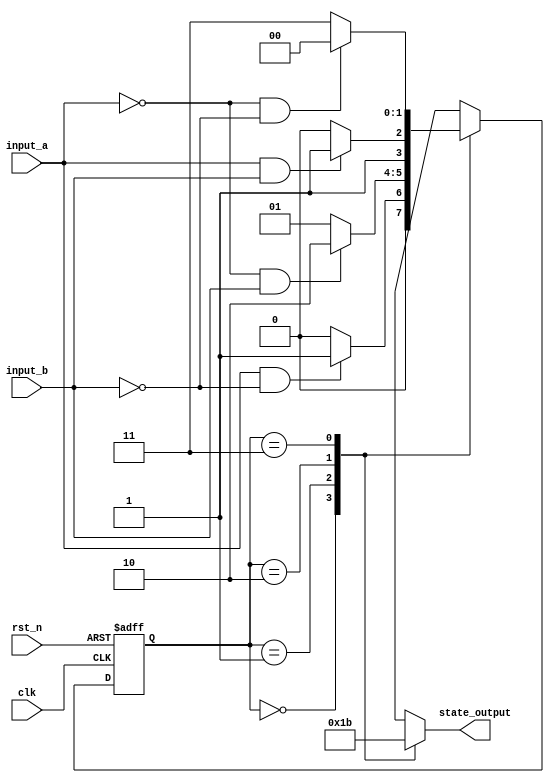
module mealy_state_machine #(
    parameter N = 2,  // Number of bits for state representation
    parameter NUM_STATES = 4 // 2^N states
) (
    input wire clk,
    input wire rst_n,      // Active low reset
    input wire input_a,    // Input signal 1
    input wire input_b,    // Input signal 2
    output reg [1:0] state_output // Example output
);

    // State encoding
    reg [N-1:0] current_state, next_state;

    // State definition
    localparam STATE_0 = 2'b00;
    localparam STATE_1 = 2'b01;
    localparam STATE_2 = 2'b10;
    localparam STATE_3 = 2'b11;

    // Combinational logic for next state
    always @(*) begin
        case (current_state)
            STATE_0: begin
                if (input_a && !input_b)
                    next_state = STATE_1;
                else
                    next_state = STATE_0; // Stay in STATE_0
            end
            
            STATE_1: begin
                if (!input_a && input_b)
                    next_state = STATE_2;
                else
                    next_state = STATE_1; // Stay in STATE_1
            end
            
            STATE_2: begin
                if (input_a && input_b)
                    next_state = STATE_3;
                else
                    next_state = STATE_2; // Stay in STATE_2
            end

            STATE_3: begin
                if (!input_a && !input_b)
                    next_state = STATE_0;
                else
                    next_state = STATE_3; // Stay in STATE_3
            end
            
            default: next_state = STATE_0; // Default case to reset state
        endcase
    end

    // Combinational logic for output
    always @(*) begin
        case (current_state)
            STATE_0: state_output = 2'b00;
            STATE_1: state_output = 2'b01;
            STATE_2: state_output = 2'b10;
            STATE_3: state_output = 2'b11;
            default: state_output = 2'b00; // Default behavior
        endcase
    end

    // Sequential logic for state update
    always @(posedge clk or negedge rst_n) begin
        if (!rst_n)
            current_state <= STATE_0;  // Asynchronous reset to STATE_0
        else
            current_state <= next_state; // Update to next state on clock edge
    end

endmodule